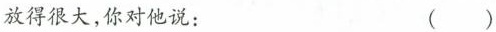
放得很大，你对他说： ( )